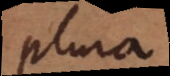
plura